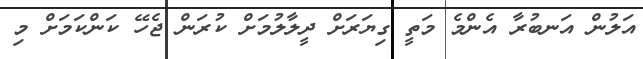
އަލުން އަނބުރާ އެންމެ މަތީ ގިޔަރަށް ދީލާލުމަށް ކުރަން ޖެހޭ ކަންކަމަށް މި